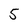
Character: 5